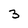
Character: 3